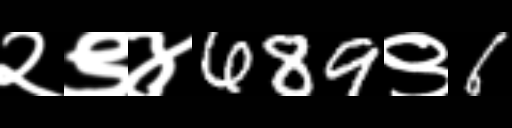
Text: २९४689९6